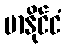
မာနိုင်ငံ